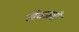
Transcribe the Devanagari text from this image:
खेळलो